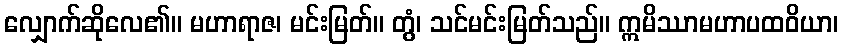
လျှောက်ဆိုလေ၏။ မဟာရာဇ၊ မင်းမြတ်။ တွံ၊ သင်မင်းမြတ်သည်။ ဣမိဿာမဟာပထဝိယာ၊